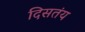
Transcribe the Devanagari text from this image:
दिसतंय